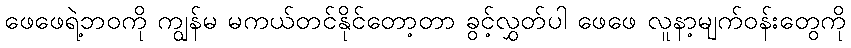
ဖေဖေရဲ့ဘဝကို ကျွန်မ မကယ်တင်နိုင်တော့တာ ခွင့်လွှတ်ပါ ဖေဖေ လူနာ့မျက်ဝန်းတွေကို